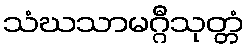
သံဃသာမဂ္ဂီသုတ္တံ